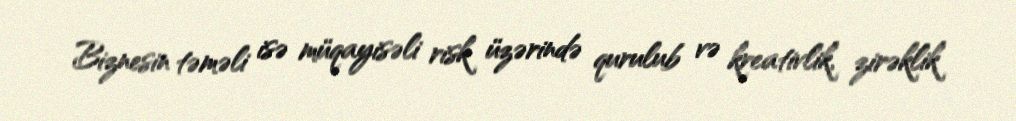
Biznesin təməli isə müqayisəli risk üzərində qurulub və kreativlik, zirəklik